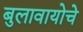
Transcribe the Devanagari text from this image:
बुलावायोचे